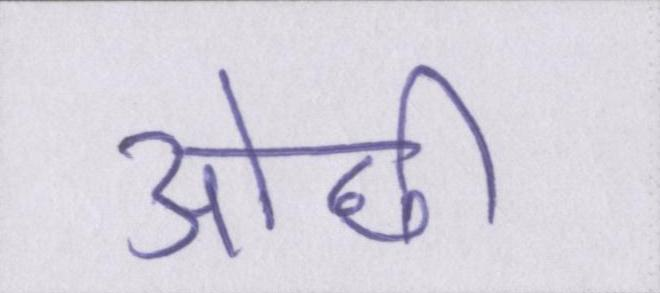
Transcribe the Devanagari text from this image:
ओछी